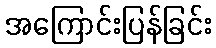
အကြောင်းပြန်ခြင်း